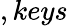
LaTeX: ,keys